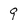
Character: 9